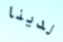
لدينا